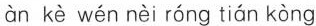
àn kè wén nèi róng tián kòng